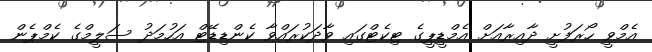
އެމްވީ ހޯރަފުށީ ދާއިރާއަށް އެމްޑީޕީގެ ޓިކެޓްގައި ވާދަކުރައްވާ ކެންޑިޑޭޓް އަހުމަދު ސަލީމްގެ ކެމްޕެން